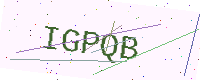
Text: IGPQB